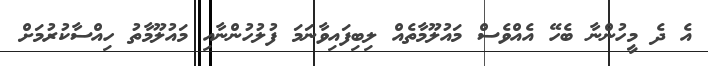
އެ ދެ މީހުންނާ ބެހޭ އެއްވެސް މައުލޫމާތެއް ލިބިފައިވާނަމަ ފުލުހުންނާއި މައުލޫމާތު ހިއްސާކުރުމަށް